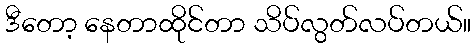
ဒီတော့ နေတာထိုင်တာ သိပ်လွတ်လပ်တယ်။